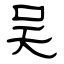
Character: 吴